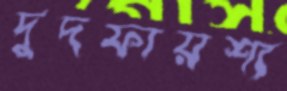
দুদফায়শ্য